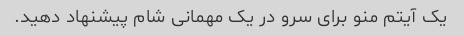
یک آیتم منو برای سرو در یک مهمانی شام پیشنهاد دهید.